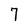
Character: 7